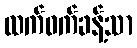
ထက်ဝက်ခန့်သာ